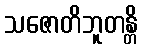
သဇောတိဘူတန္တိ